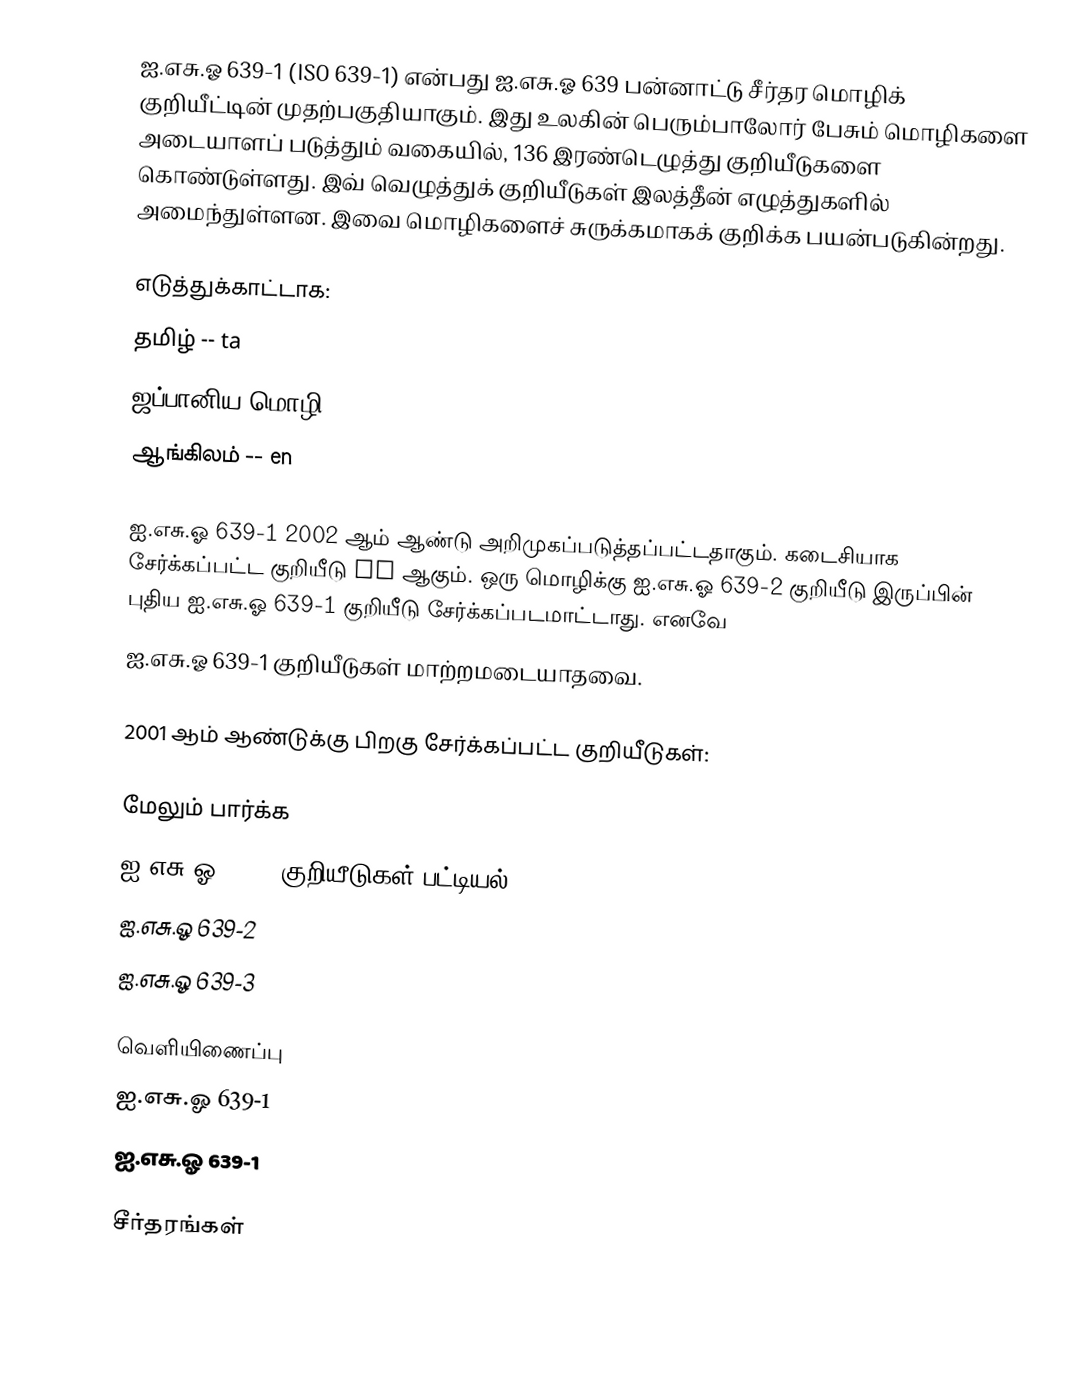
ஐ.எசு.ஓ 639-1  (ISO 639-1) என்பது ஐ.எசு.ஓ 639 பன்னாட்டு சீர்தர மொழிக் குறியீட்டின் முதற்பகுதியாகும். இது உலகின் பெரும்பாலோர் பேசும் மொழிகளை அடையாளப் படுத்தும் வகையில், 136 இரண்டெழுத்து குறியீடுகளை கொண்டுள்ளது. இவ் வெழுத்துக் குறியீடுகள் இலத்தீன் எழுத்துகளில் அமைந்துள்ளன. இவை மொழிகளைச் சுருக்கமாகக் குறிக்க பயன்படுகின்றது.

எடுத்துக்காட்டாக:
தமிழ்  -- ta
ஜப்பானிய மொழி  -- ja
ஆங்கிலம் -- en

ஐ.எசு.ஓ 639-1 2002 ஆம் ஆண்டு அறிமுகப்படுத்தப்பட்டதாகும். கடைசியாக சேர்க்கப்பட்ட குறியீடு ht ஆகும். ஒரு மொழிக்கு ஐ.எசு.ஓ 639-2 குறியீடு இருப்பின் புதிய ஐ.எசு.ஓ 639-1 குறியீடு சேர்க்கப்படமாட்டாது. எனவே
ஐ.எசு.ஓ 639-1 குறியீடுகள் மாற்றமடையாதவை.

2001 ஆம் ஆண்டுக்கு பிறகு சேர்க்கப்பட்ட குறியீடுகள்:

மேலும் பார்க்க
ஐ.எசு.ஓ 639-1 குறியீடுகள் பட்டியல்
ஐ.எசு.ஓ 639-2
ஐ.எசு.ஓ 639-3

வெளியிணைப்பு
ஐ.எசு.ஓ 639-1
ஐ.எசு.ஓ 639-1

சீர்தரங்கள்